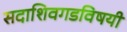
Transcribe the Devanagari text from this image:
सदाशिवगडविषयी